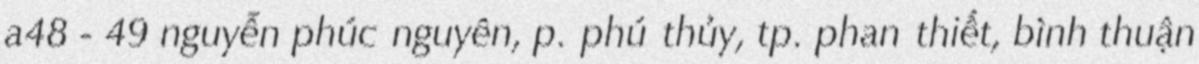
a48 - 49 nguyễn phúc nguyên, p. phú thủy, tp. phan thiết, bình thuận